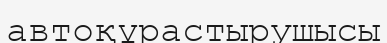
автоқұрастырушысы